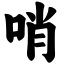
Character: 哨